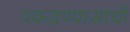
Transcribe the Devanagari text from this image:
पकडण्याआधी